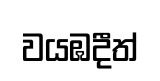
වයඹදීත්